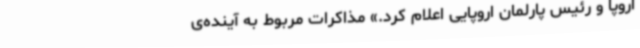
اروپا و رئیس پارلمان اروپایی اعلام کرد.» مذاکرات مربوط به آینده‌ی